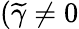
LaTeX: (\widetilde{\gamma}\neq 0